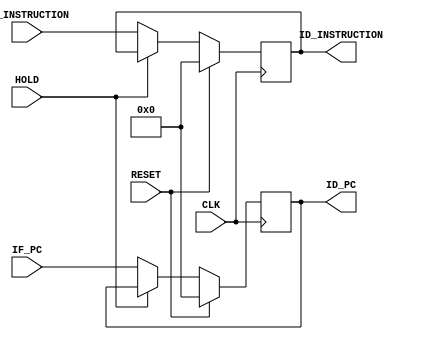
/*******************************/
/*  RV32IM Pipeline - Group 1  */
/*  Pipeline Register (IF/ID)  */
/*******************************/

`timescale 1ns/100ps


module pr_if_id (
    CLK, RESET, HOLD,
    IF_PC, IF_INSTRUCTION, 
    ID_PC, ID_INSTRUCTION
);

    input CLK, RESET, HOLD;
    input [31:0] IF_PC, IF_INSTRUCTION;
    output reg [31:0] ID_PC, ID_INSTRUCTION;

    always @ (posedge CLK)
    begin
        if (RESET == 1'b1)
        begin
            ID_PC <= #0.1 32'd0;
            ID_INSTRUCTION <= #0.1 32'd0;
        end
        else if (HOLD == 1'b0)      // Don't update if HOLD signal is asserted
        begin
            ID_PC <= #0.1 IF_PC;
            ID_INSTRUCTION <= #0.1 IF_INSTRUCTION;
        end
    end

endmodule